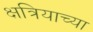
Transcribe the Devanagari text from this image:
क्षत्रियाच्या